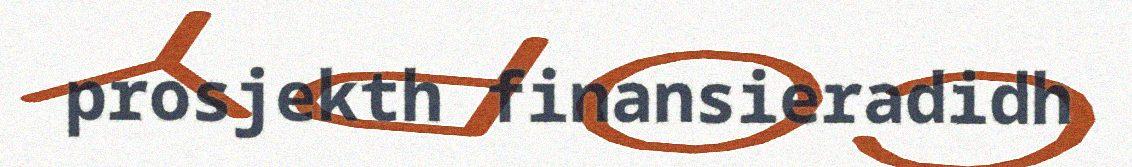
prosjekth finansieradidh